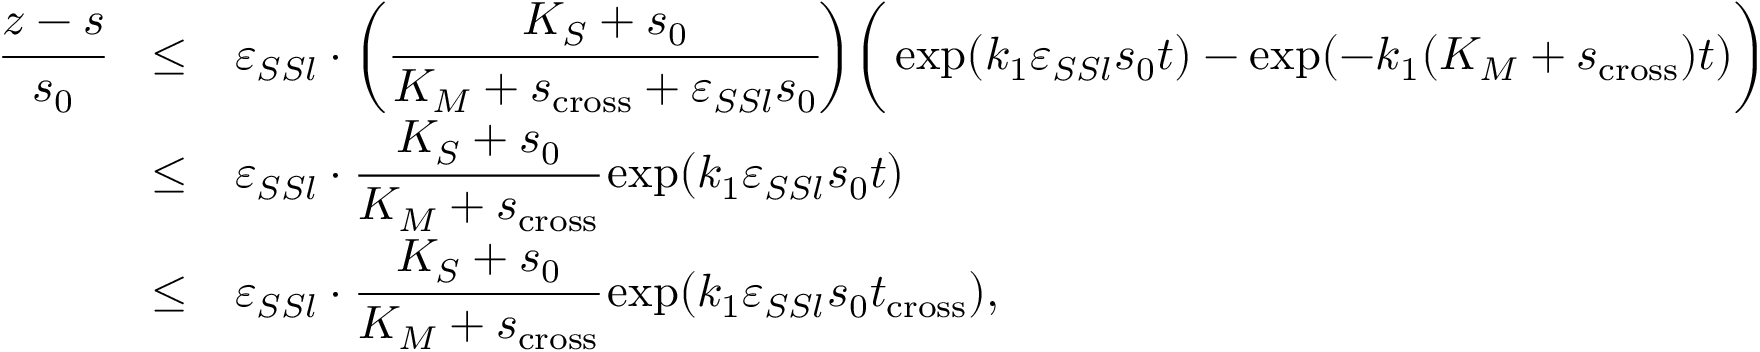
\begin{array} { r c l } { \cfrac { z - s } { s _ { 0 } } } & { \leq } & { \varepsilon _ { S S l } \cdot \bigg ( \cfrac { K _ { S } + s _ { 0 } } { K _ { M } + s _ { \mathrm { c r o s s } } + \varepsilon _ { S S l } s _ { 0 } } \bigg ) \bigg ( \exp ( k _ { 1 } \varepsilon _ { S S l } s _ { 0 } t ) - \exp ( - k _ { 1 } ( K _ { M } + s _ { \mathrm { c r o s s } } ) t ) \bigg ) } \\ & { \leq } & { \varepsilon _ { S S l } \cdot \cfrac { K _ { S } + s _ { 0 } } { K _ { M } + s _ { \mathrm { c r o s s } } } \exp ( k _ { 1 } \varepsilon _ { S S l } s _ { 0 } t ) } \\ & { \leq } & { \varepsilon _ { S S l } \cdot \cfrac { K _ { S } + s _ { 0 } } { K _ { M } + s _ { \mathrm { c r o s s } } } \exp ( k _ { 1 } \varepsilon _ { S S l } s _ { 0 } t _ { \mathrm { c r o s s } } ) , } \end{array}